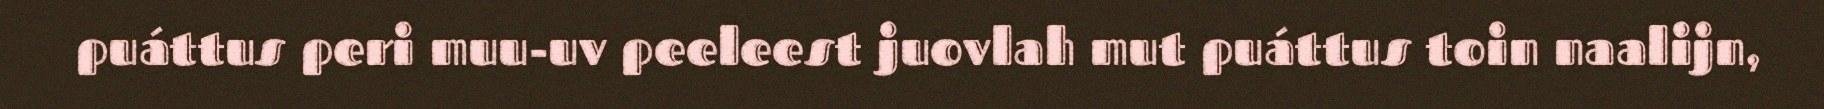
puáttus peri muu-uv peeleest juovlah mut puáttus toin naalijn,